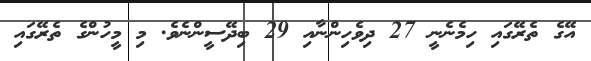
އޭގެ ތެރޭގައި ހިމެނެނީ 27 ދިވެހިންނާއި 29 ބިދޭސީންނެވެ. މި މީހުންގެ ތެރޭގައި